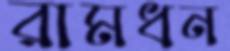
রামধন